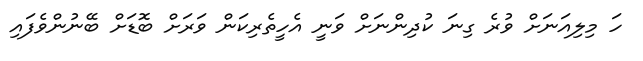
ހަ މިލިއަނަށް ވުރެ ގިނަ ކުދިންނަށް ވަނީ އެހީތެރިކަން ވަރަށް ބޮޑަށް ބޭނުންވެފައި